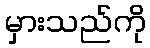
မှားသည်ကို